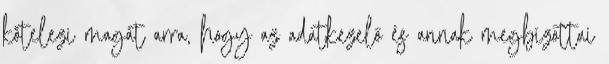
kötelezi magát arra, hogy az adatkezelő és annak megbízottai